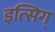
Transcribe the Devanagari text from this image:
इत्सिग्